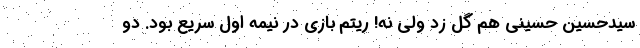
سیدحسین حسینی هم گل زد ولی نه! ریتم بازی در نیمه اول سریع بود. دو